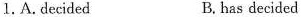
1.A.decided B. has decided